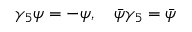
\gamma _ { 5 } \psi = - \psi , \quad \bar { \psi } \gamma _ { 5 } = \bar { \psi }